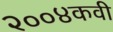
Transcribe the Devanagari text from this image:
२००४कवी